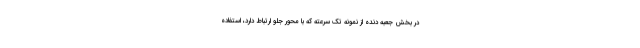
در بخش جعبه دنده از نمونه تک سرعته که با محور جلو ارتباط دارد، استفاده